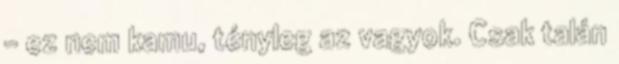
- ez nem kamu, tényleg az vagyok. Csak talán